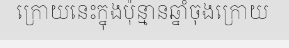
ក្រោយនេះក្នុងប៉ុន្មានឆ្នាំចុងក្រោយ